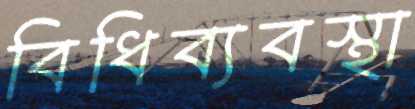
বিধিব্যবস্থা